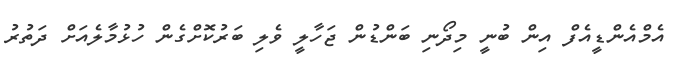
އެމްއެންޑީއެފް އިން ބުނީ މިދޯނި ބަންޑުން ޖަހާލީ ވެލި ބަރުކޮށްގެން ހުޅުމާލެއަށް ދަތުރު